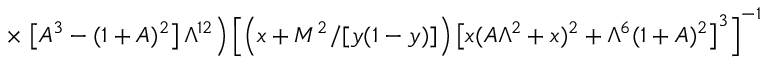
\times \left. \left[ A ^ { 3 } - ( 1 + A ) ^ { 2 } \right] \Lambda ^ { 1 2 } \right) \left[ \left( x + M ^ { 2 } / [ y ( 1 - y ) ] \right) \left[ x ( A \Lambda ^ { 2 } + x ) ^ { 2 } + \Lambda ^ { 6 } ( 1 + A ) ^ { 2 } \right] ^ { 3 } \right] ^ { - 1 }